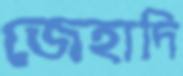
জেহাদি